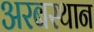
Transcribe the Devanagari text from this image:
अरबस्थान